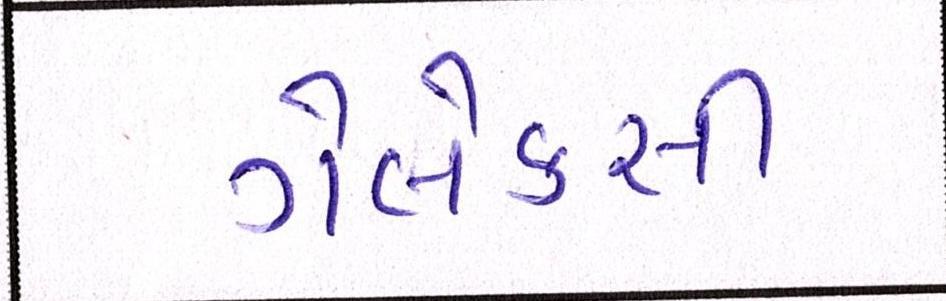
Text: ગેલેક્સી